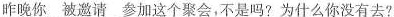
昨晚你\underline{被邀请}参加这个聚会,不是吗?为什么你没有去?